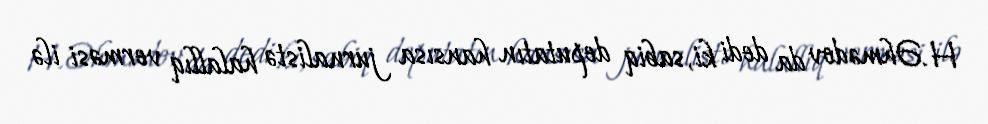
H.Əhmədov da dedi ki, sabiq deputatın hansısa jurnalistə halallıq verməsi ilə